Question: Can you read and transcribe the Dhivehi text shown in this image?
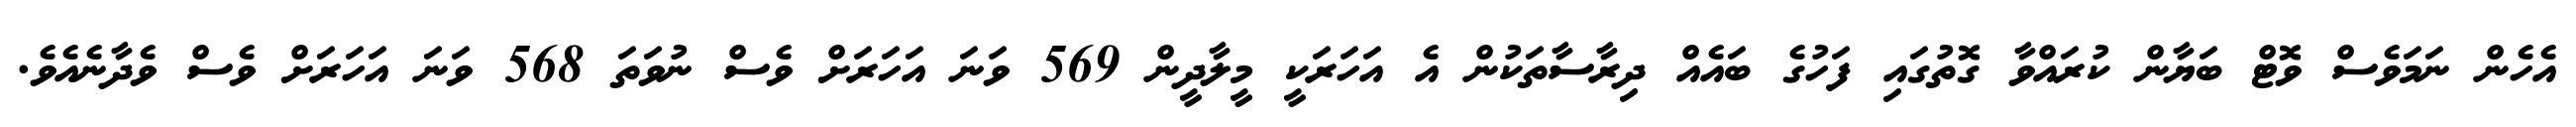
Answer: އެހެން ނަމަވެސް ވޮޓް ބަޔާން ކުރައްވާ ގޮތުގައި ފަހުގެ ބައެއް ދިރާސާތަކުން އެ އަހަރަކީ މީލާދީން 569 ވަނަ އަހަރަށް ވެސް ނުވަތަ 568 ވަނަ އަހަރަށް ވެސް ވެދާނެއެވެ.